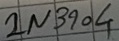
Text: 2N3904